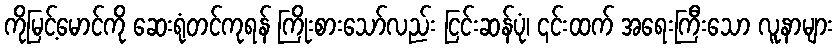
ကိုမြင့်မောင်ကို ဆေးရုံတင်ကုရန် ကြိုးစားသော်လည်း ငြင်းဆန်ပုံ၊ ၎င်းထက် အရေးကြီးသော လူနာများ